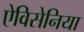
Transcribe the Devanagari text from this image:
ऐविसेनिया